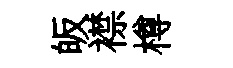
皈襟樽